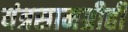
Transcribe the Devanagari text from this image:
यंत्रसामग्रीही